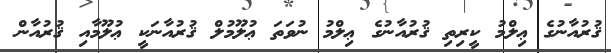
ޤުރުއާނުގެ ޢިލްމު ކީރިތި ޤުރުއާނުގެ ޢިލްމު ނުވަތަ ޢުލޫމުލް ޤުރުއާނަކީ ޢުލޫމާއި ޤުރުއާން